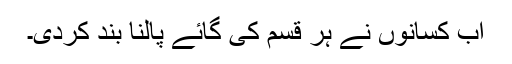
اب کسانوں نے ہر قسم کی گائے پالنا بند کردی۔